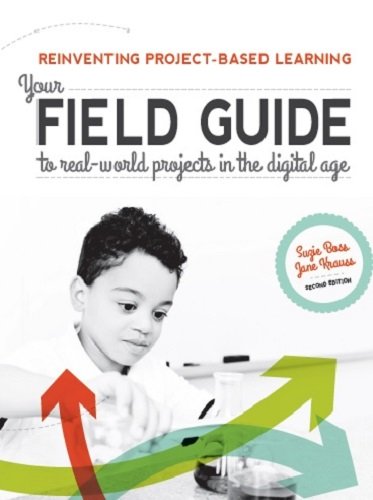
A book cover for Reinventing Project-Based Learning: Your Field Guide to Real-World Projects in the Digital Age (2nd Edition); Suzie Boss; Education & Teaching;